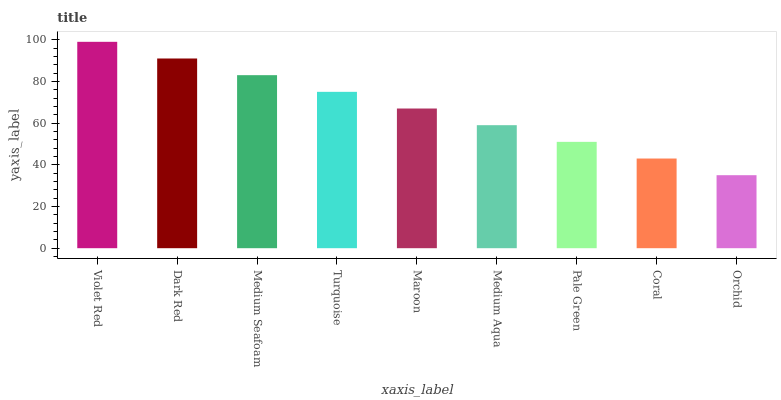
| xaxis_label | bars |
 | --- | --- |
 | Violet Red | 99 |
 | Dark Red | 91 |
 | Medium Seafoam | 83 |
 | Turquoise | 75 |
 | Maroon | 67 |
 | Medium Aqua | 59 |
 | Pale Green | 51 |
 | Coral | 43 |
 | Orchid | 35 |